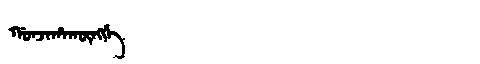
Manchu: ᡤᠣᠨᠵᠠᡥᠠᡴᡡᠩᡤᡝ
Romanization: GONJAHAKŪNGGE